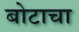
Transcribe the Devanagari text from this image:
बोटाचा